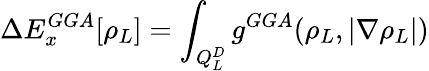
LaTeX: \Delta E_{x}^{GGA}[\rho_{L}]=\int_{Q_{L}^{D}}g^{GGA}(\rho_{L},|\nabla\rho_{L}|)